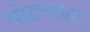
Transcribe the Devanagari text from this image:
मोहल्लत